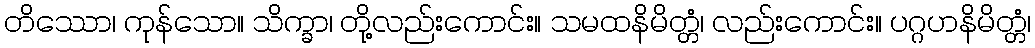
တိဿော၊ ကုန်သော။ သိက္ခာ၊ တို့လည်းကောင်း။ သမထနိမိတ္တံ၊ လည်းကောင်း။ ပဂ္ဂဟနိမိတ္တံ၊